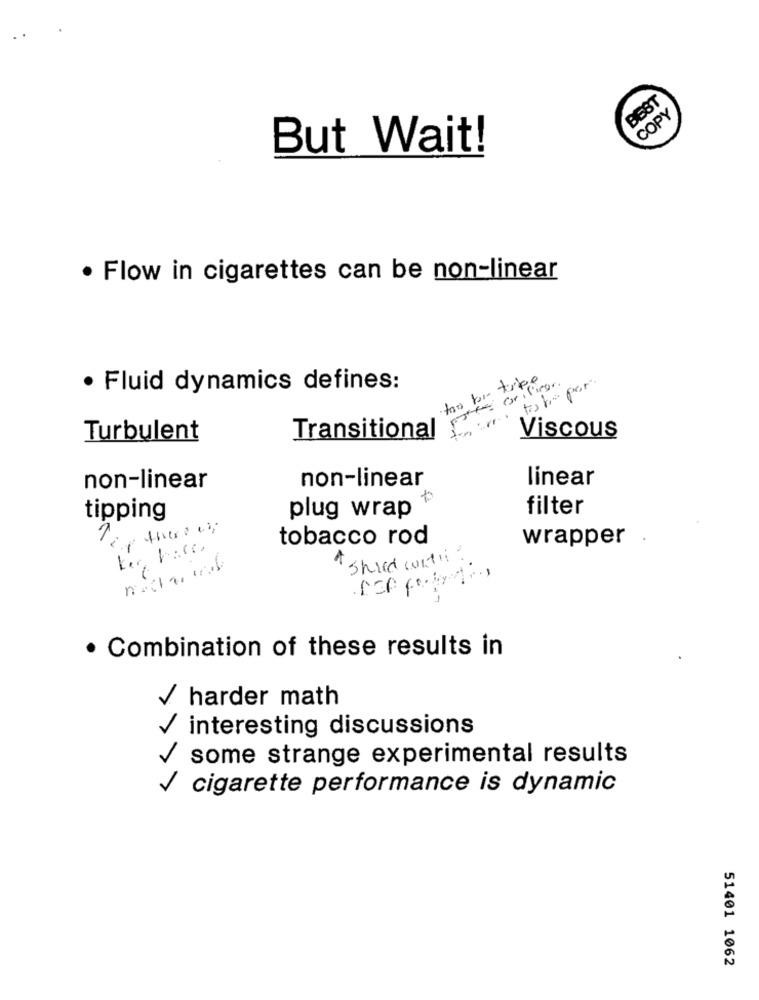
BEST
COPY
But Wait!
· Flow in cigarettes can be non-linear
ori liegen.
· Fluid dynamics defines:
Turbulent
Transitional
Viscous
linear
non-linear
non-linear
plug wrap
filter
tipping
25
tobacco rod
wrapper .
* sheed with?
· Combination of these results in
/ harder math
interesting discussions
some strange experimental results
cigarette performance is dynamic
51401 1062